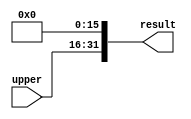
module extendUpper (upper, result);
input [15:0] upper;
output [31:0] result;
and(result[0], 1'b0, 1'b1);
and(result[1], 1'b0, 1'b1);
and(result[2], 1'b0, 1'b1);
and(result[3], 1'b0, 1'b1);
and(result[4], 1'b0, 1'b1);
and(result[5], 1'b0, 1'b1);
and(result[6], 1'b0, 1'b1);
and(result[7], 1'b0, 1'b1);
and(result[8], 1'b0, 1'b1);
and(result[9], 1'b0, 1'b1);
and(result[10], 1'b0, 1'b1);
and(result[11], 1'b0, 1'b1);
and(result[12], 1'b0, 1'b1);
and(result[13], 1'b0, 1'b1);
and(result[14], 1'b0, 1'b1);
and(result[15], 1'b0, 1'b1);
and(result[16], upper[0], 1'b1);
and(result[17], upper[1], 1'b1);
and(result[18], upper[2], 1'b1);
and(result[19], upper[3], 1'b1);
and(result[20], upper[4], 1'b1);
and(result[21], upper[5], 1'b1);
and(result[22], upper[6], 1'b1);
and(result[23], upper[7], 1'b1);
and(result[24], upper[8], 1'b1);
and(result[25], upper[9], 1'b1);
and(result[26], upper[10], 1'b1);
and(result[27], upper[11], 1'b1);
and(result[28], upper[12], 1'b1);
and(result[29], upper[13], 1'b1);
and(result[30], upper[14], 1'b1);
and(result[31], upper[15], 1'b1);
endmodule